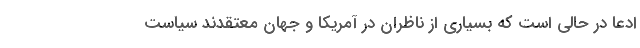
ادعا در حالی است که بسیاری از ناظران در آمریکا و جهان معتقدند سیاست